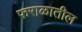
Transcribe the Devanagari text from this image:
फराळातील